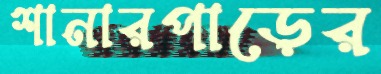
শানারপাড়ের